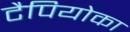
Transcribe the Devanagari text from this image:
टैपियोका